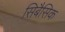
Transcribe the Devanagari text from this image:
सिबैसिक